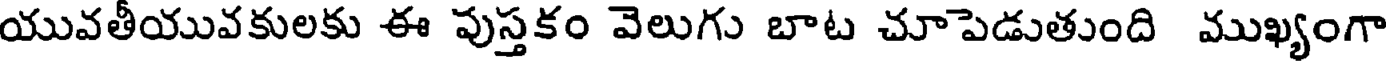
యువతీయువకులకు ఈ పుస్తకం వెలుగు బాట చూపెడుతుంది ముఖ్యంగా